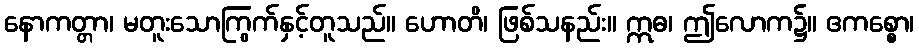
နောကတ္တာ၊ မတူးသောကြွက်နှင့်တူသည်။ ဟောတိ၊ ဖြစ်သနည်း။ ဣဓ၊ ဤလောက၌။ ဧကစ္စော၊